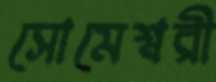
সোমেশ্বরী